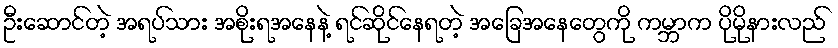
ဦးဆောင်တဲ့ အရပ်သား အစိုးရအနေနဲ့ ရင်ဆိုင်နေရတဲ့ အခြေအနေတွေကို ကမ္ဘာက ပိုမိုနားလည်